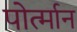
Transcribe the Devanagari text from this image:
पोर्त्मान